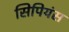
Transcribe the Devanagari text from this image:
सिपियंस